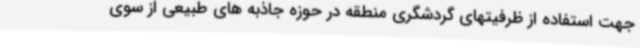
جهت استفاده از ظرفیتهای گردشگری منطقه در حوزه جاذبه های طبیعی از سوی